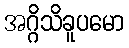
အဂ္ဂိသိခူပမော